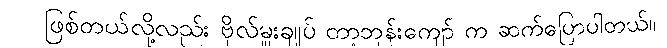
ဖြစ်တယ်လို့လည်း ဗိုလ်မှူးချုပ် တာ့ဘုန်းကျော် က ဆက်ပြောပါတယ်။